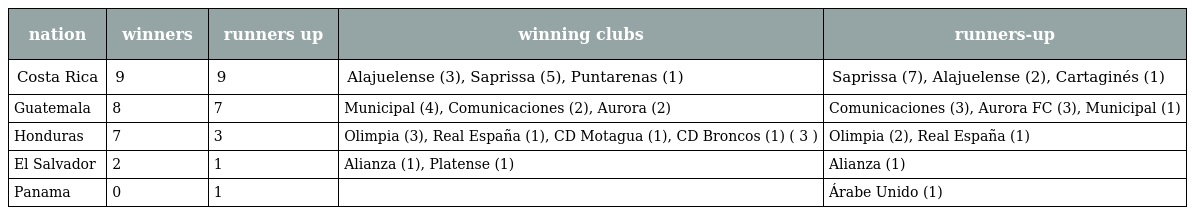
| nation | winners | runners up | winning clubs | runners-up |
 | --- | --- | --- | --- | --- |
 | Costa Rica | 9 | 9 | Alajuelense (3), Saprissa (5), Puntarenas (1) | Saprissa (7), Alajuelense (2), Cartaginés (1) |
 | Guatemala | 8 | 7 | Municipal (4), Comunicaciones (2), Aurora (2) | Comunicaciones (3), Aurora FC (3), Municipal (1) |
 | Honduras | 7 | 3 | Olimpia (3), Real España (1), CD Motagua (1), CD Broncos (1) ( 3 ) | Olimpia (2), Real España (1) |
 | El Salvador | 2 | 1 | Alianza (1), Platense (1) | Alianza (1) |
 | Panama | 0 | 1 |  | Árabe Unido (1) |